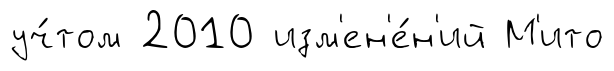
уч́том 2010 изм'ен'е́н'ий М'ито